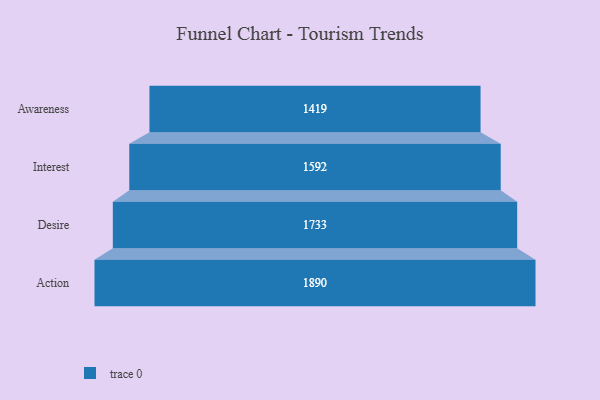
{"axis": {"x": "Stage", "y": "Value"}, "legend": [""], "data": [{"x": "Awareness", "y": 1419.0, "type": ""}, {"x": "Interest", "y": 1592.0, "type": ""}, {"x": "Desire", "y": 1733.0, "type": ""}, {"x": "Action", "y": 1890.0, "type": ""}]}